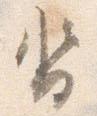
沓